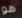
هو